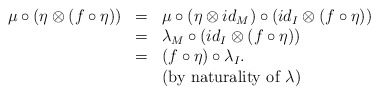
\begin{align*}\begin{array}{lll}\mu\circ (\eta\otimes(f\circ \eta))&=&\mu\circ ( \eta\otimes id_M)\circ (id_I\otimes (f\circ\eta))\\&=&\lambda_M\circ (id_I\otimes (f\circ\eta))\\&=&(f\circ \eta)\circ \lambda_I.\\&&\mbox{(by naturality of $\lambda$)}\end{array}\end{align*}